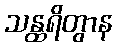
သန္ထရိတွာန